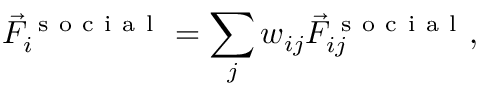
\vec { F } _ { i } ^ { \mathrm { ~ s ~ o ~ c ~ i ~ a ~ l ~ } } = \sum _ { j } w _ { i j } \vec { F } _ { i j } ^ { \mathrm { ~ s ~ o ~ c ~ i ~ a ~ l ~ } } ,